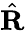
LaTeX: \hat{\mathbf{R}}